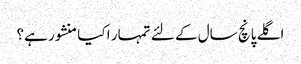
اگلے پانچ سال کے لئے تمہار ا کیا منشور ہے؟